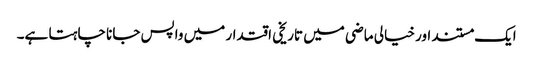
ایک مستند اور خیالی ماضی میں تاریخی اقتدار میں واپس جانا چاہتا ہے۔